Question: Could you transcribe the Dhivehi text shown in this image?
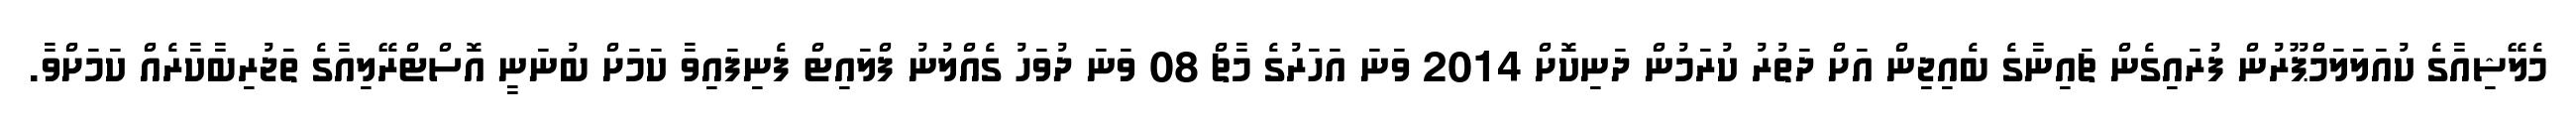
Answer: މެލޭޝިއާގެ ކުއަލަލަމްޕޫރުން ފުރައިގެން ޗައިނާގެ ބެއިޖިން އަށް ދަތުރު ކުރަމުން ދަނިކޮށް 2014 ވަނަ އަހަރުގެ މާޗް 08 ވަނަ ދުވަހު ގެއްލުނު ފްލައިޓް ފެނިފައިވާ ކަމަށް ބުނަނީ އޮސްޓްރޭލިއާގެ ތަޖުރިބާކާރެއް ކަމަށްވާ.